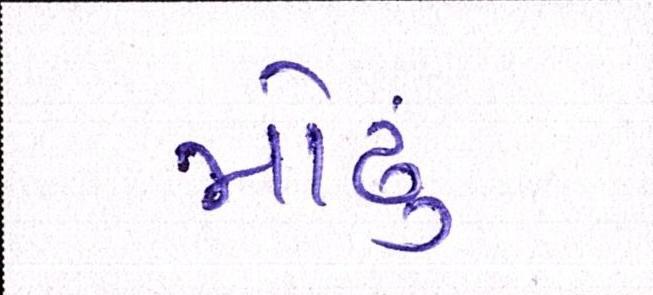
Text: મોઢું